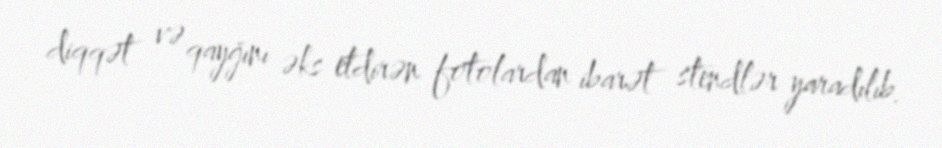
diqqət və qayğını əks etdirən fotolardan ibarət stendlər yaradılıb.